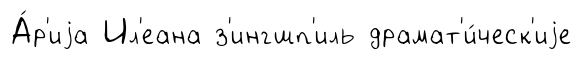
А́р'иjа Ил'еана з'ингшп'иль драмат'и́ческ'иjе